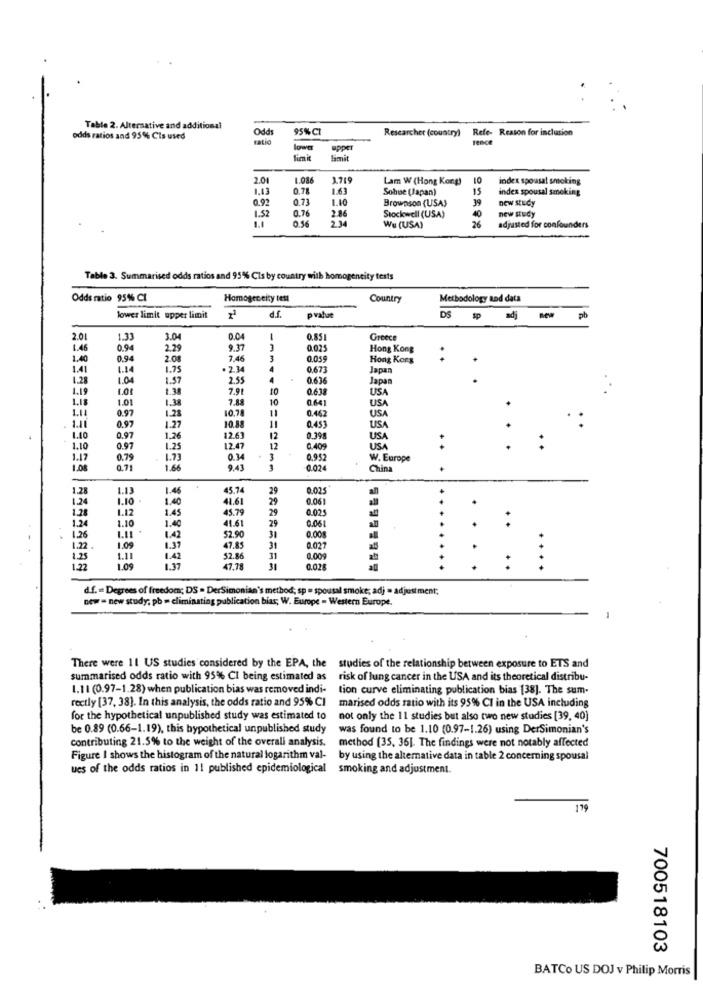
Table 2. Alternative and additional
Odds
95%CI
Researcher (country)
Refe- Reason for inclusion
odds ratios and 95% Cis used
ratio
lower
uppe
fink
limit
2.0
1.086
1.715
Lam W (Hong Kong)
index spousal smoking
1.43
0.78
1.63
Sohue (Japan)
15
index spousal smoking
0.92
0.73
1.10
19
new study
1.52
0.76
Brownson (USA)
new study
1.1
0.56
2.34
2.86
Stockwell (USA)
Wu (USA)
26
adjusted for confounders
Table 3. Summarised odds ratios and 95% Cis by country with homogeneity tests
Odds ratio 95% CI
Homogeneity tett
Country
Methodology and data
TP
DS
lower limit upper limit
prahae
new
pb
2.01
1.33
3.04
0.04
1
0.85
Greece
1.46
0.94
2.29
9.37
0.02.
Hong Kong
1.40
0.94
2.08
7.46
3
0.05
Hong Kong
1.41
1.14
1.75
· 2.34
4
0.673
Japan
1.28
1.04
1.57
2.55
4
0.636
Japan
1.19
1.38
7.91
10
0.63
USA
1.18
1.01
7.88
10
0.641
USA
1.14
0.97
1.38
10.78
11
0.462
USA
1.28
0.97
1.27
10.88
11
0.453
USA
1.10
0.97
1,26
12.6
12
0.398
USA
1.10
0.97
1.25
12.47
12
0.409
USA
1.17
0.79
1.73
0.34
3
0.952
W. Europe
1.08
0.71
1.66
9.43
China
1.28
1.13
1.46
45.7
29
0.025
1.24
1.10
1.40
41.61
29
0.061
1.28
1.12
1.45
45.79
29
0.025
1.24
1.10
1.40
41.61
29
0.061
1.26
$2.90
31
..
1.42
0.00g
1.22.
1.09
1.37
47.85
31
0.027
1.25
1.11
1.42
52.86
11
0.009
1.22
1.09
1.37
47.78
31
0.02
....
d.f. = Degrees of freedom; DS . DerSimonian's method; sp = spousal smoke; adj = adjustment;
new = new study; pb = eliminating publication bias; W. Europe - Western Europe.
There were 11 US studies considered by the EPA, the studies of the relationship between exposure to ETS and
summarised odds ratio with 95% CI being estimated as risk of lung cancer in the USA and its theoretical distribu-
1.11 (0.97-1.28) when publication bias was removed indi-
tion curve eliminating publication bias [38]. The sum-
rectly [37, 38). In this analysis, the odds ratio and 95% CI
marised odds ratio with its 95% CI in the USA including
for the hypothetical unpublished study was estimated to
not only the 11 studies but also two new studies [39, 40)
be 0.89 (0.66-1.19), this hypothetical unpublished study
was found to be 1.10 (0.97-1.26) using DerSimonian's
contributing 21.5% to the weight of the overall analysis.
method (35, 36]. The findings were not notably affected
Figure I shows the histogram of the natural logarithm val- by using the alternative data in table 2 concerning spousal
ues of the odds ratios in 11 published epidemiological smoking and adjustment.
199
700518103
BATCo US DOJ v Philip Morris